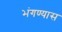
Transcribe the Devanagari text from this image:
भंगण्यास